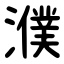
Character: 濮